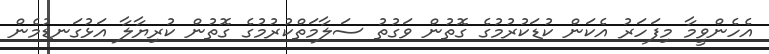
އެހެންވީމާ މިފަހަރު އެކަން ކުޑަކުރުމުގެ ގޮތުން ވަގުތު ސަލާމަތްކުރުމުގެ ގޮތުން ކުރިޔާލާ އަޅުގަނޑުމެން